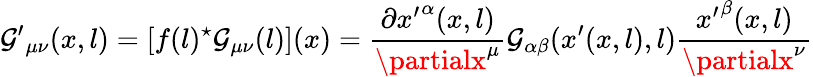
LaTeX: {\mathcal{G}^{\prime}}_{\mu\nu}(x,l)=[f(l)^{\star}\mathcal{G}_{\mu\nu}(l)](x)=\frac{{\partial{x^{\prime}}^{\alpha}(x,l)}}{{\partialx^{\mu}}}\mathcal{G}_{\alpha\beta}(x^{\prime}(x,l),l)\frac{{{x^{\prime}}^{\beta}(x,l)}}{{\partialx^{\nu}}}